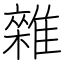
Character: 雜